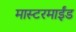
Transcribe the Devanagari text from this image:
मास्टरमाईंड